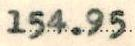
154.95